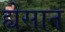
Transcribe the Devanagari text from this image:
ह्येसान